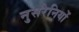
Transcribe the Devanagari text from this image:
नुसरैनियों